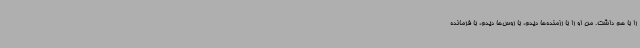
را با هم داشت. من او را با رزمنده‌ها دیدم، با روس‌ها دیدم، با فرمانده